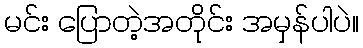
မင်း ပြောတဲ့အတိုင်း အမှန်ပါပဲ။